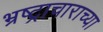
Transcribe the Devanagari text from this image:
भ्रष्ट्राचाराच्या